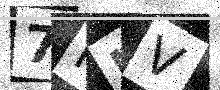
Text: 7FMV